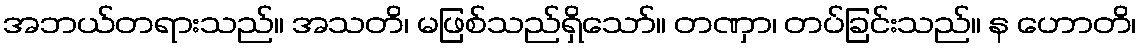
အဘယ်တရားသည်။ အသတိ၊ မဖြစ်သည်ရှိသော်။ တဏှာ၊ တပ်ခြင်းသည်။ န ဟောတိ၊